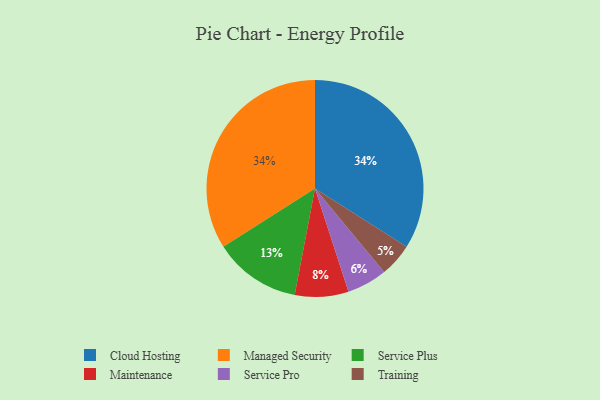
{"axis": {"x": "Category", "y": "Percentage"}, "legend": ["Cloud Hosting", "Maintenance", "Managed Security", "Service Plus", "Service Pro", "Training"], "data": [{"x": "Training", "y": 5, "type": "Training"}, {"x": "Cloud Hosting", "y": 34, "type": "Cloud Hosting"}, {"x": "Service Plus", "y": 13, "type": "Service Plus"}, {"x": "Maintenance", "y": 8, "type": "Maintenance"}, {"x": "Service Pro", "y": 6, "type": "Service Pro"}, {"x": "Managed Security", "y": 34, "type": "Managed Security"}]}